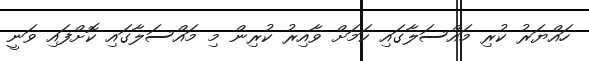
ހައްޔަރު ކުރި މައްސަލާގައި ކަމަށް ވާއިރު ކުރިން މި މައްސަލާގައި ކޮށްފައި ވަނީ